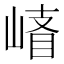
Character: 𰎪